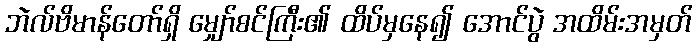
ဘဲလ်ဗိမာန်တော်ရှိ မျှော်စင်ကြီး၏ ထိပ်မှနေ၍ အောင်ပွဲ အထိမ်းအမှတ်